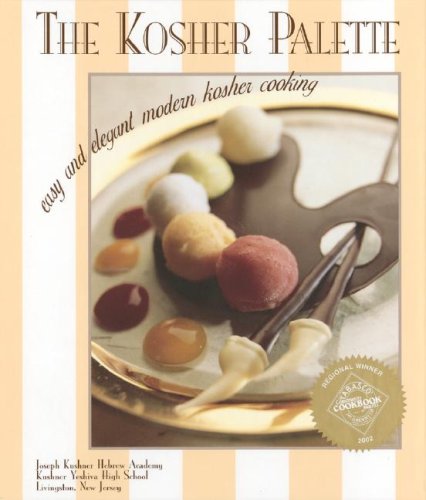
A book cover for The Kosher Palette: Easy and Elegant Modern Kosher Cooking; Joseph Kushner Hebrew Academy; Cookbooks, Food & Wine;